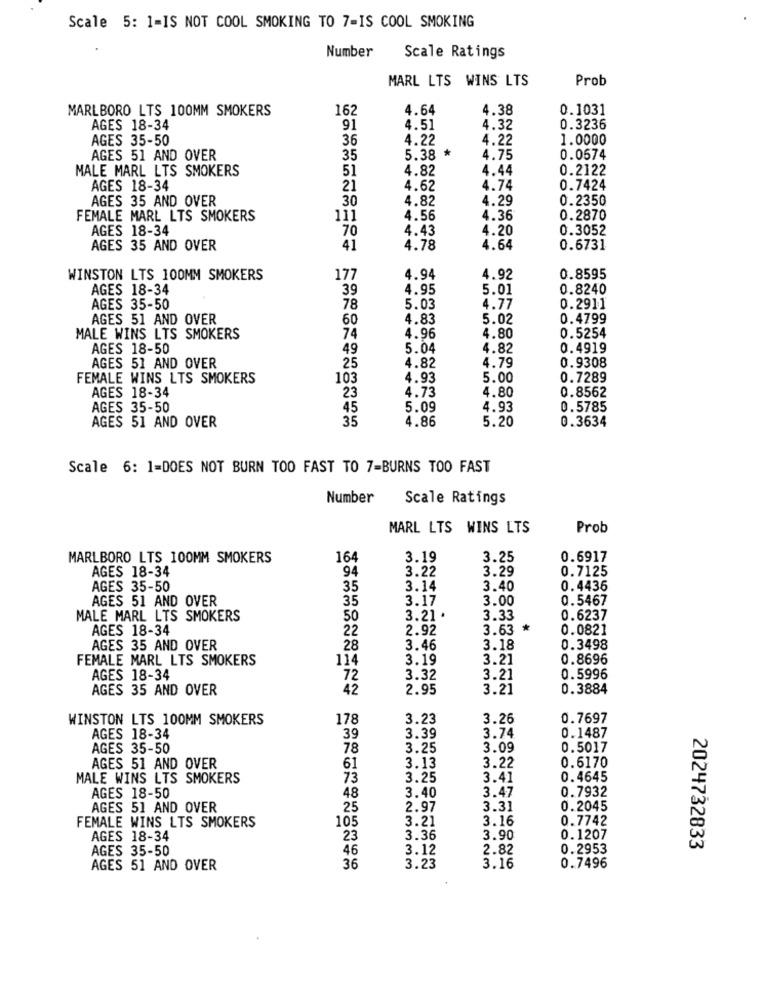
Scale 5: 1-IS NOT COOL SMOKING TO 7-IS COOL SMOKING
Number
Scale Ratings
MARL LTS WINS LTS
Prob
MARLBORO LTS 100MM SMOKERS
162
4.64
4.38
0.1031
AGES 18-34
91
4.51
4.32
0.3236
AGES 35-50
36
4.22
4.22
1.0000
AGES 51 AND OVER
35
5.38 *
4.75
0.0674
MALE MARL LTS SMOKERS
51
4.82
4.44
0.2122
AGES 18-34
21
4.62
4.74
0.7424
AGES 35 AND OVER
30
4.82
4.29
0.2350
FEMALE MARL LTS SMOKERS
111
4.56
4.36
0.2870
AGES 18-34
70
4.43
4.20
0.3052
AGES 35 AND OVER
41
4.78
4.64
0.6731
WINSTON LTS 100MM SMOKERS
177
4.94
4.92
0.8595
AGES 18-34
39
4.95
5.01
0.8240
AGES 35-50
78
5.03
4.77
0.2911
AGES 51 AND OVER
60
4.83
5.02
0.4799
MALE WINS LTS SMOKERS
74
4.96
4.80
0.5254
AGES 18-50
49
5.04
4.82
0.4919
4.79
AGES 51 AND OVER
25
4.82
0.9308
FEMALE WINS LTS SMOKERS
103
4.93
5.00
0.7289
AGES 18-34
4.73
4.80
0.8562
23
AGES 35-50
45
5.09
4.93
0.5785
35
4.86
5.20
0.3634
AGES 51 AND OVER
Scale 6: 1=DOES NOT BURN TOO FAST TO 7=BURNS TOO FAST
Number
Scale Ratings
MARL LTS WINS LTS
Prob
MARLBORO LTS 100MM SMOKERS
164
3.19
3.25
0.6917
AGES 18-34
94
3.22
3.29
0.7125
AGES 35-50
35
3.14
3.40
0.4436
AGES 51 AND OVER
35
3.17
3.00
0.5467
MALE MARL LTS SMOKERS
50
3.21 .
3.33
0.6237
AGES 18-34
22
2.92
3.63
*
0.0821
AGES 35 AND OVER
28
3.46
3.18
0.3498
FEMALE MARL LTS SMOKERS
114
3.19
3.21
0.8696
AGES 18-34
72
3.32
3.21
0.5996
AGES 35 AND OVER
42
2.95
3.21
0.3884
WINSTON LTS 100MM SMOKERS
178
3.23
3.26
0.7697
3.74
AGES 18-34
39
3.39
0.1487
AGES 35-50
78
3.25
3.09
0.5017
3.22
0.6170
AGES 51 AND OVER
61
3.13
MALE WINS LTS SMOKERS
73
3.25
3.41
0.4645
AGES 18-50
0.7932
48
3.40
3.47
AGES 51 AND OVER
25
2.97
3.31
0.2045
FEMALE WINS LTS SMOKERS
105
3.21
3.16
0.7742
AGES 18-34
23
3.36
3.90
0.1207
AGES 35-50
46
3.12
2.82
0.2953
2024732833
AGES 51 AND OVER
36
3.23
3.16
0.7496